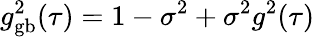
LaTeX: g_{\textrm{gb}}^{2}(\tau)=1-\sigma^{2}+\sigma^{2}g^{2}(\tau)